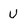
Character: U